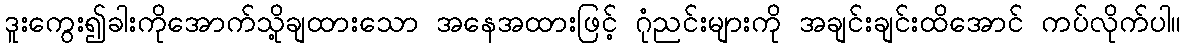
ဒူးကွေး၍ခါးကိုအောက်သို့ချထားသော အနေအထားဖြင့် ဂုံညင်းများကို အချင်းချင်းထိအောင် ကပ်လိုက်ပါ။